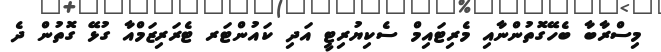
މިސްރާބާ ބެހޭގޮތުންނާއި މެރިޓައިމް ސެކިޔުރިޓީ އަދި ކައުންޓަރ ޓެރަރިޒަމްއާ ގުޅޭ ގޮތުން ދެ